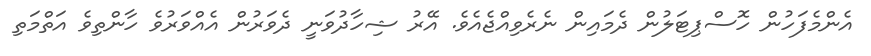
އެންމެފަހުން ހޮސްޕިޓަލުން ދެމައިން ނެރެވިއްޖެއެވެ. އޭރު ޝިހާދުވަނީ ދެވަރުން އެއްވަރުވެ ހާންތިވެ އަތްމަތި